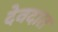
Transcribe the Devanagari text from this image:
देवदात